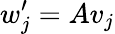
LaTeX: w_{j}^{\prime}=Av_{j}